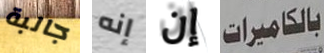
جالبة إنه إن بالكاميرات